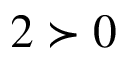
2 \succ 0